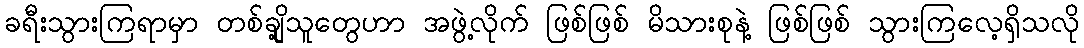
ခရီးသွားကြရာမှာ တစ်ချို့သူတွေဟာ အဖွဲ့လိုက် ဖြစ်ဖြစ် မိသားစုနဲ့ ဖြစ်ဖြစ် သွားကြလေ့ရှိသလို